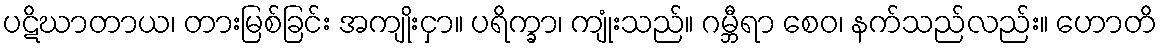
ပဋိဃာတာယ၊ တားမြစ်ခြင်း အကျိုးငှာ။ ပရိက္ခာ၊ ကျုံးသည်။ ဂမ္ဘီရာ စေဝ၊ နက်သည်လည်း။ ဟောတိ